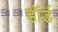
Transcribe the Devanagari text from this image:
हॉर्ड